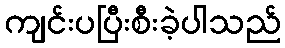
ကျင်းပပြီးစီးခဲ့ပါသည်